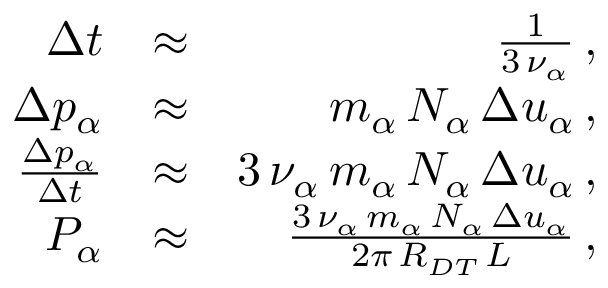
\begin{array} { r l r } { \Delta t } & { \approx } & { \frac { 1 } { 3 \, \nu _ { \alpha } } \, , } \\ { \Delta p _ { \alpha } } & { \approx } & { m _ { \alpha } \, N _ { \alpha } \, \Delta u _ { \alpha } \, , } \\ { \frac { \Delta p _ { \alpha } } { \Delta t } } & { \approx } & { 3 \, \nu _ { \alpha } \, m _ { \alpha } \, N _ { \alpha } \, \Delta u _ { \alpha } \, , } \\ { P _ { \alpha } } & { \approx } & { \frac { 3 \, \nu _ { \alpha } \, m _ { \alpha } \, N _ { \alpha } \, \Delta u _ { \alpha } } { 2 \pi \, R _ { D T } \, L } \, , } \end{array}